Civil Veterinary Dept. Assam report 1927-50 - 1927-1950
Year: 1927
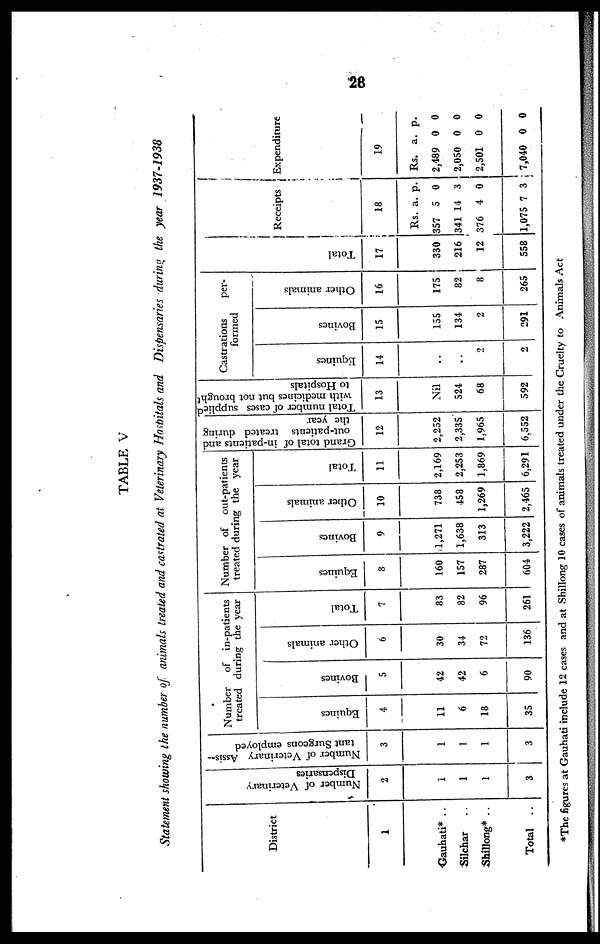
28
TABLE V
Statement showing the number of animals treated and castrated at Veterinary Hospitals and Dispensaries during the year 1937-1938
District
1
Gauhati* ..
Silchar ..
Shillong* ..
Total ..
Nu mb e r of Veterinary
Dispensaries
2
1
1
1
3
Number of Veterinary Assis-
tant Surgeons employed
3
1
1
1
3
Number of in-patients
treated
during
the
year.
Equines
4
11
6
18
35
Bovines
5
42
42
6
90
Other animals
6
30
34
72
136
Total
7
83
82
96
261
Number of out-patients
treated during the year.
Equines
8
160
157
287
604
Bovines
9
1,271
1,638
313
3,222
Other animals
10
738
458
1,269
2,465
Total
11
2,169
2,253
1,869
6,291
Grand total of in-patients and
out-patients treated during
the year
12
2,252
2,335
1,965
6,552
Total number of cases supplied
with medicines but not brought
to Hospitals
13
Nil
524
68
592
Castrations per
formed
Equines
14
..
..
2
2
Bovines
15
155
134
2
291
Other animals
16
175
82
8
265
Tot al
17
330
216
12
558
Receipts
18
Rs.
357
341 1
376
1,075
a.
5
4
4
7
p.
0
3
0
3
Expenditure
19
Rs.
2,489
2,050
2,501
7,040
a.
0
0
0
0
p.
0
0
0
0
*The figures at Gauhati include 12 cases and at Shillong 10 cases of animals treated under the Cruelty to Animals Act